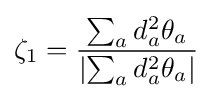
\zeta _{1}={\frac {\sum _{a}d_{a}^{2}\theta _{a}}{|{\sum _{a}d_{a}^{2}\theta _{a}}|}}